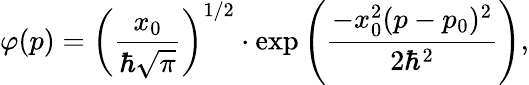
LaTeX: \varphi(p)=\left({\frac{x_{0}}{\hbar{\sqrt{\pi}}}}\right)^{1/2}\cdot\exp{\left({\frac{-x_{0}^{2}(p-p_{0})^{2}}{2\hbar^{2}}}\right)},